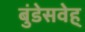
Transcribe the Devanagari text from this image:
बुंडेसवेह्